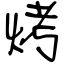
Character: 烤